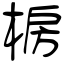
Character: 椖